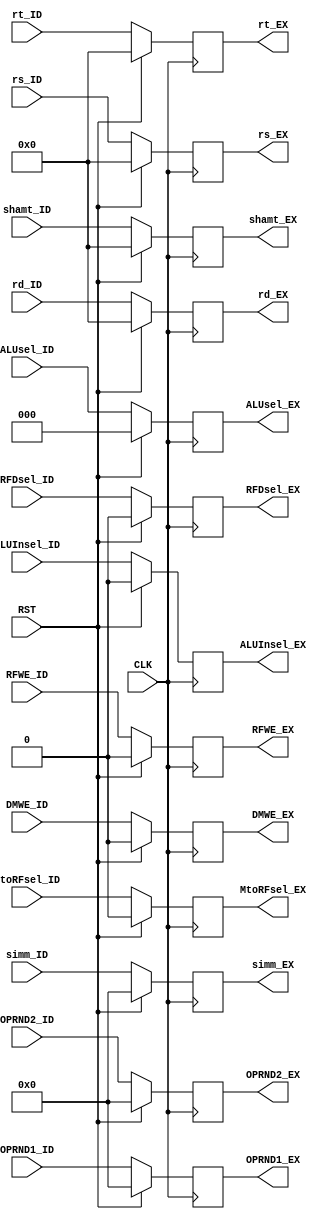
`timescale 1ns / 1ps
//////////////////////////////////////////////////////////////////////////////////
// Company: 
// Engineer: 
// 
// Design Name: 
// Module Name: PIP_REG_IDtoEX
// Project Name: 
// Target Devices: 
// Tool Versions: 
// Description: 
// 
// Dependencies: 
// 
// Revision:
// Revision 0.01 - File Created
// Additional Comments:
// 
//////////////////////////////////////////////////////////////////////////////////


//PIPELINE REGISTER: DECODE TO EXECUTE
module PIP_REG_IDtoEX #(parameter wid=32, RFdep=5, mode_wid=3)
(input CLK, RST, RFWE_ID, DMWE_ID, MtoRFsel_ID, RFDsel_ID, ALUInsel_ID,
    input[mode_wid-1:0] ALUsel_ID, input[RFdep-1:0] rs_ID, rt_ID, rd_ID, shamt_ID,
    input signed[wid-1:0] OPRND1_ID, OPRND2_ID, simm_ID,
    output reg RFWE_EX, DMWE_EX, MtoRFsel_EX, RFDsel_EX, ALUInsel_EX,
    output reg[mode_wid-1:0] ALUsel_EX, output reg[RFdep-1:0] rs_EX, rt_EX, rd_EX, shamt_EX,
    output reg signed[wid-1:0] OPRND1_EX, OPRND2_EX, simm_EX);

    always @(posedge CLK) begin
        if (RST) begin
            ALUsel_EX <= 0;
            RFWE_EX <= 0;
            DMWE_EX <= 0;
            MtoRFsel_EX <= 0;
            RFDsel_EX <= 0;
            ALUInsel_EX <= 0;
        
            rs_EX <= 0;
            rt_EX <= 0;
            rd_EX <= 0;
            shamt_EX <= 0;
        
            OPRND1_EX <= 0;
            OPRND2_EX <= 0;
            simm_EX <= 0;
        end
        else begin
            ALUsel_EX <= ALUsel_ID;
            RFWE_EX <= RFWE_ID;
            DMWE_EX <= DMWE_ID;
            MtoRFsel_EX <= MtoRFsel_ID;
            RFDsel_EX <= RFDsel_ID;
            ALUInsel_EX <= ALUInsel_ID;
        
            rs_EX <= rs_ID;
            rt_EX <= rt_ID;
            rd_EX <= rd_ID;
            shamt_EX <= shamt_ID;
        
            OPRND1_EX <= OPRND1_ID;
            OPRND2_EX <= OPRND2_ID;
            simm_EX <= simm_ID;
        end
    end
endmodule